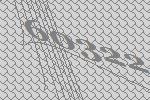
60322